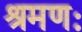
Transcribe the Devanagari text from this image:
श्रमणः